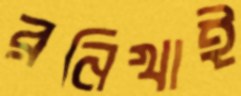
রনিখাই